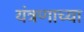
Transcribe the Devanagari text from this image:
यंत्रणाच्या